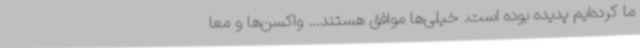
ما کرده‌ایم پدیده بوده است. خیلی‌ها موافق هستند... واکسن‌ها و معا